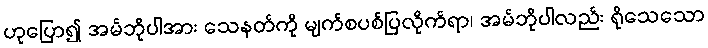
ဟုပြော၍ အမ်ဘိုပါအား သေနတ်ကို မျက်စပစ်ပြလိုက်ရာ၊ အမ်ဘိုပါလည်း ရိုသေသော